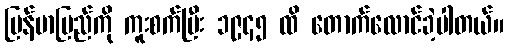
မြန်မာပြည်ကို ကူးစက်ပြီး ၁၉၄၅ ထိ တောက်လောင်ခဲ့ပါတယ်။